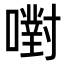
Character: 嚉